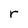
Character: r